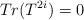
LaTeX: \begin{align*}Tr(T^{2i})=0\end{align*}